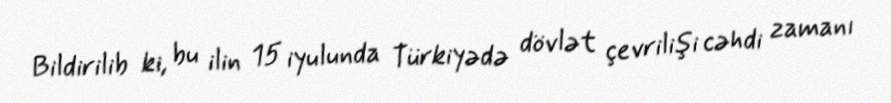
Bildirilib ki, bu ilin 15 iyulunda Türkiyədə dövlət çevrilişi cəhdi zamanı